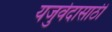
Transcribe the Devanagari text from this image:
यजुर्वेदासाठी